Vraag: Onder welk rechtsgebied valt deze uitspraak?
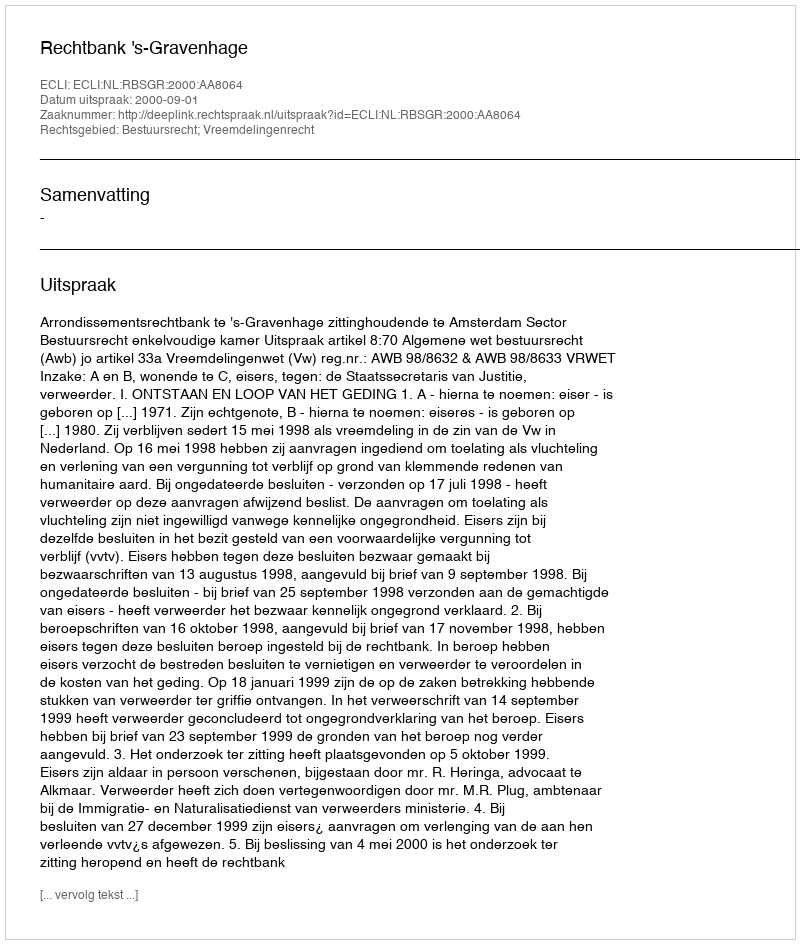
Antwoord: Bestuursrecht; Vreemdelingenrecht